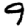
Digit: 9